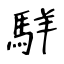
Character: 𩣆